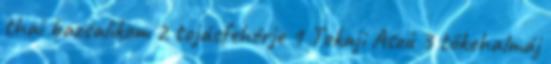
thai bazsalikom 2 tojásfehérje 1 Tokaji Aszú 3 tőkehalmáj